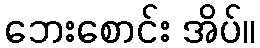
ဘေးစောင်း အိပ်။